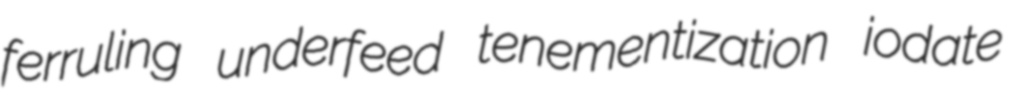
ferruling underfeed tenementization iodate